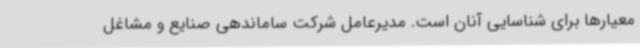
معیارها برای شناسایی آنان است. مدیرعامل شرکت ساماندهی صنایع و مشاغل